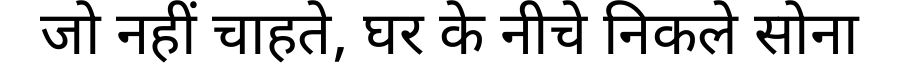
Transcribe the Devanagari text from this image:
जो नहीं चाहते, घर के नीचे निकले सोना